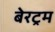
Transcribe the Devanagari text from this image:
बेरट्रम